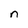
Character: n